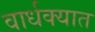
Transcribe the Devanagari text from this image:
वार्धक्यात